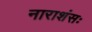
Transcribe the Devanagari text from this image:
नाराशंसः